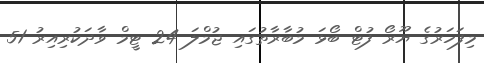
މިފަހަރުގެ ޔޫރޯ ފުޓް ބޯޅަ މުބާރާތުގައި ޖުމްލަ 24 ޓީމް ވާދަކުރިއިރު 51